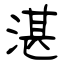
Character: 湛